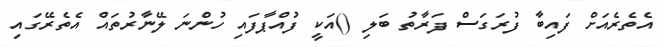
އެތެރެއަށް ފައިބާ ފުރަގަސް ފަރާތު ބަލި ()އަކީ ފުއްޕާފައި ހުންނަ ލޭނާރުތައް އެތެރޭގައި